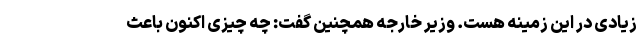
زیادی در این زمینه هست. وزیر خارجه همچنین گفت: چه چیزی اکنون باعث